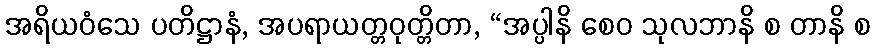
အရိယဝံသေ ပတိဋ္ဌာနံ, အပရာယတ္တဝုတ္တိတာ, “အပ္ပါနိ စေဝ သုလဘာနိ စ တာနိ စ